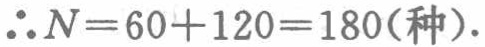
\(\therefore N = 60 + 120 = 180(\text{种}).\)